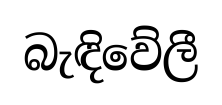
බැඳිවේලී